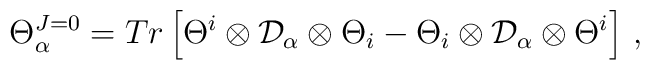
\Theta^{J=0}_\alpha=Tr\left[\Theta^i\otimes{\cal D}_\alpha\otimes  \Theta_i-\Theta_i\otimes{\cal D}_\alpha\otimes\Theta^i\right]\,,